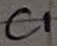
Text: C1